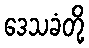
ဒေသခံတို့